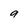
Character: 9